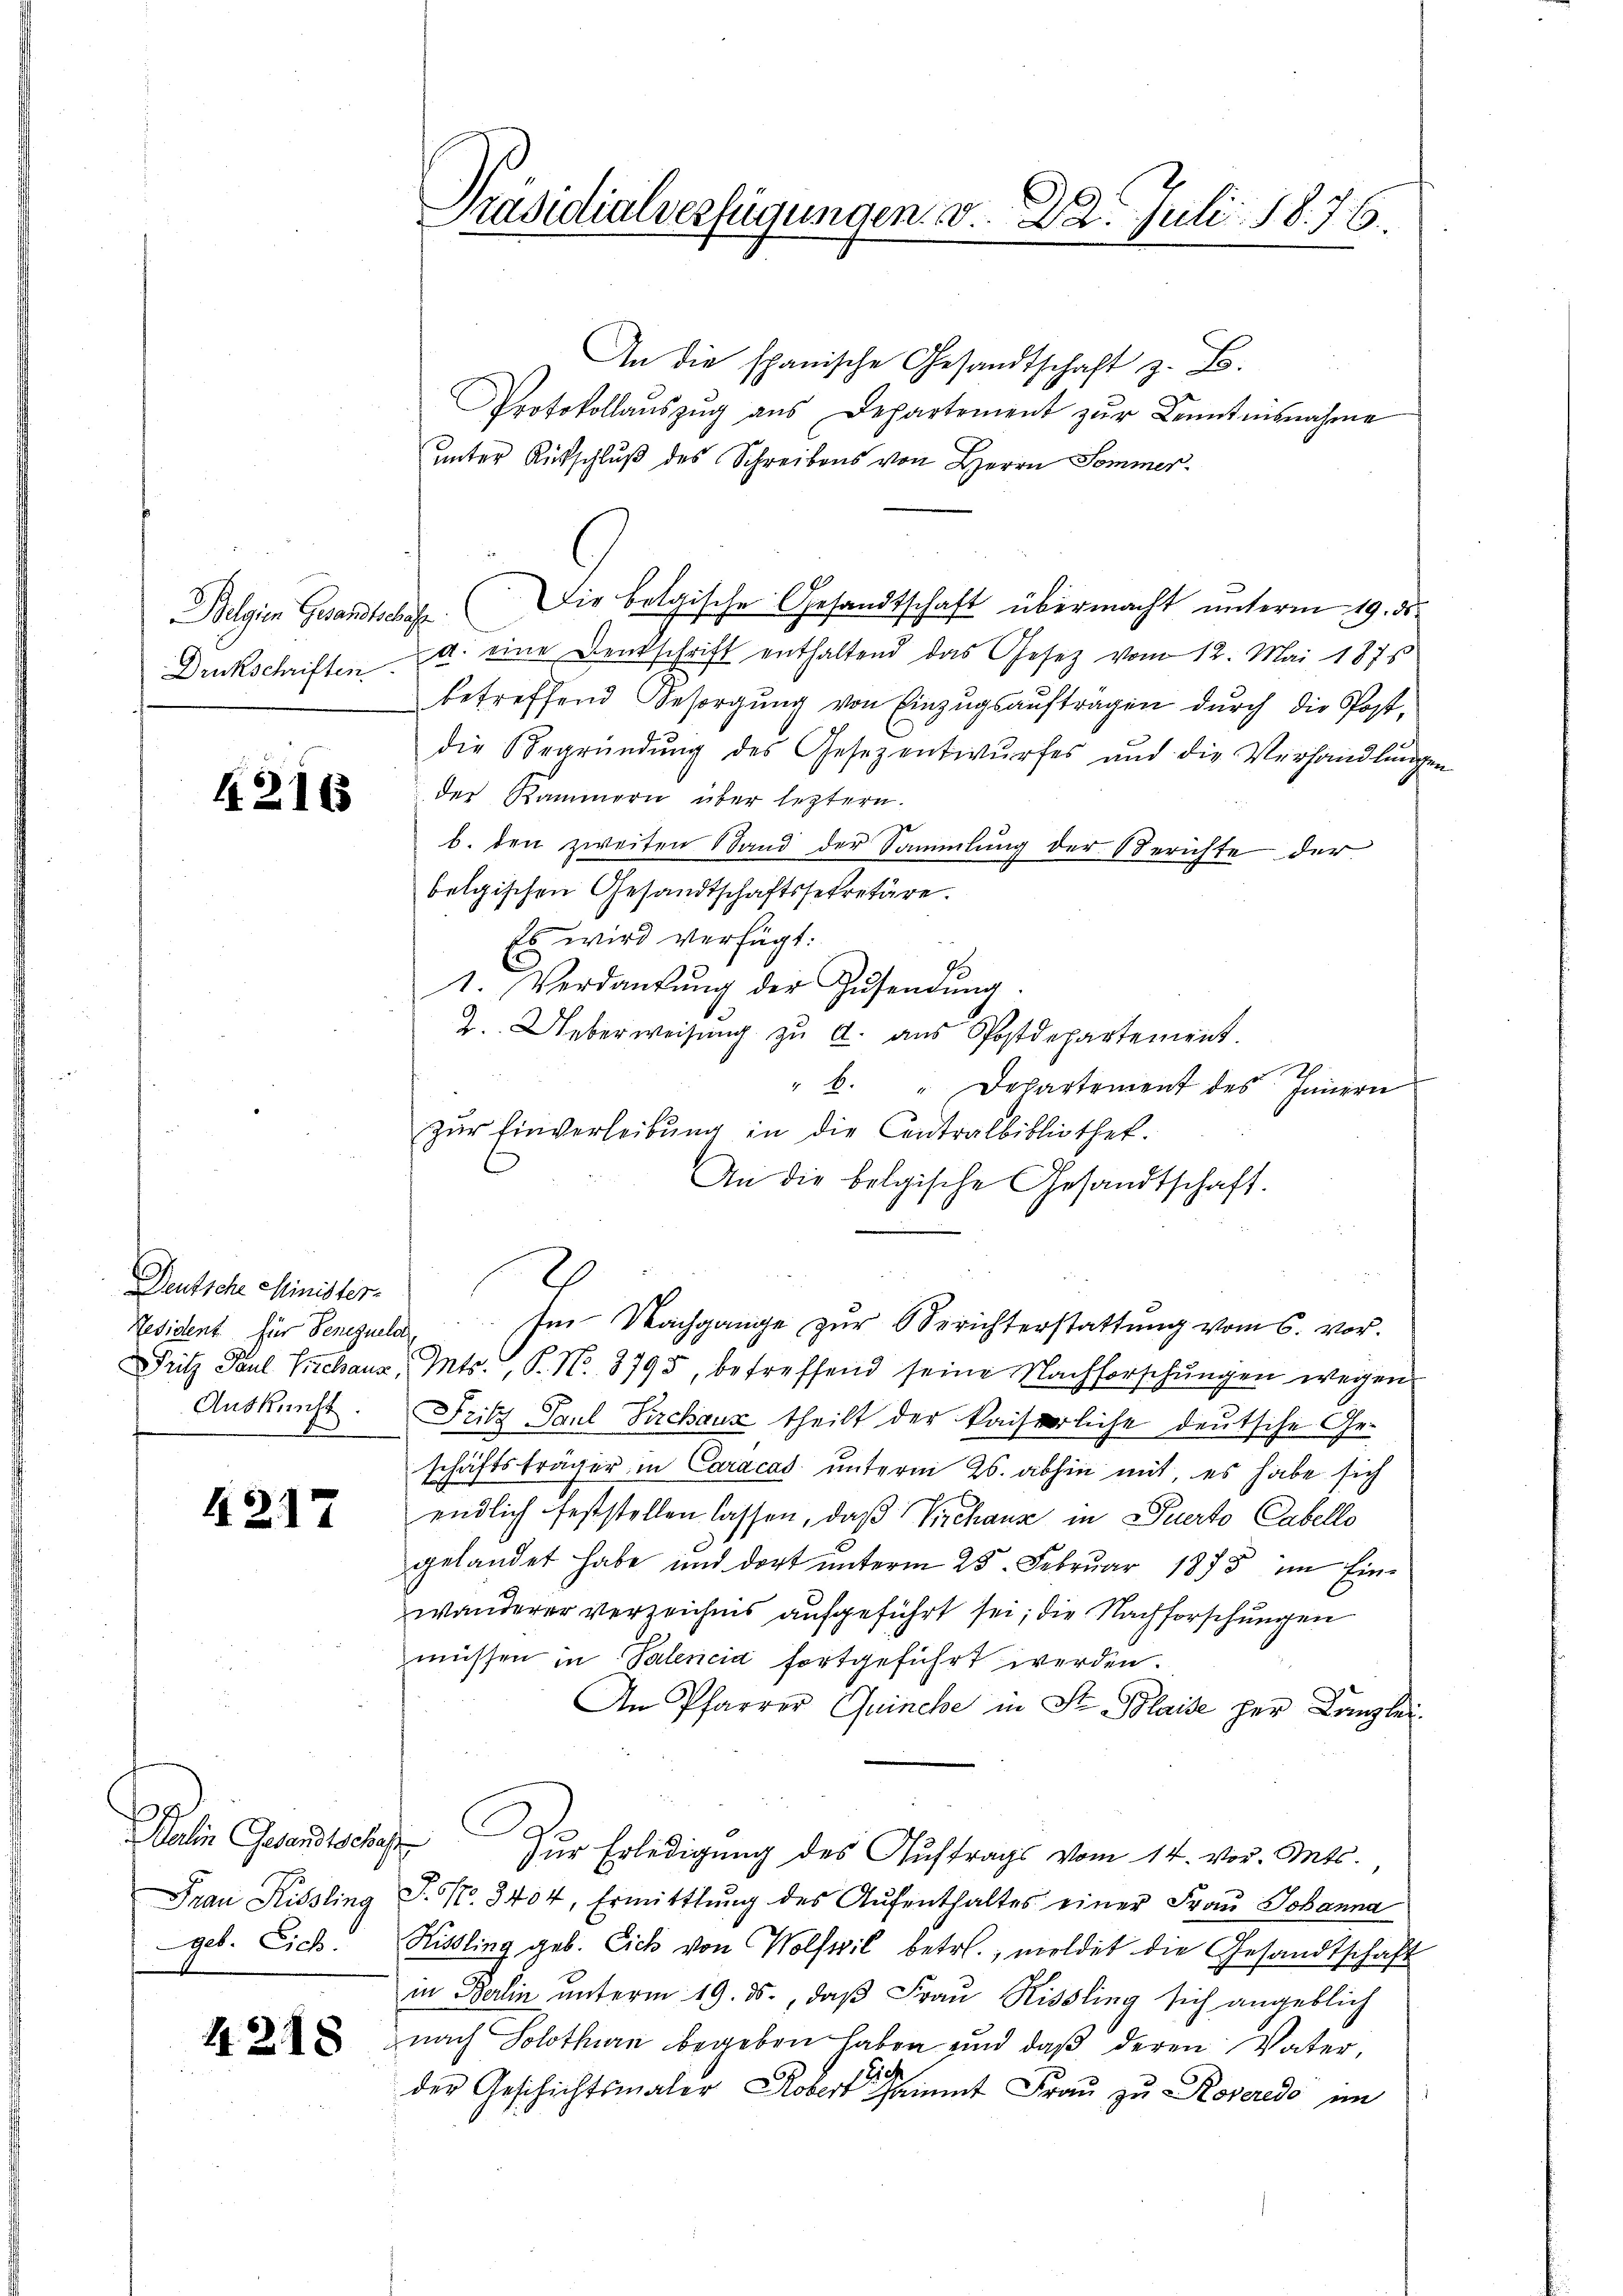
Belgien Gesandtschaft
Druckschriften

4216

Deutsche Minister-
Resident für Senezuela
Auskunft.

4217

Dalien Gesandtschaft
Frau Rissling
geb. Eich.

4.2.18

Präsidialverfügungen v. 22. Juli 1876.

An die spanische Gesandtschaft z. B.
Protokollaŭszŭg aŭs Departement zŭr Kenntnisnahme
unter Ritschluß des Schreibens von Herrn Sommer¬
Die belgische Gesandtschaft übermacht unterm 19. ds.
a. eine Denkschrift enthaltend das Gesetz vom 12. Mai 1875
betreffend Besorgung von Einzugsaufträgen durch die Postdie Begründung des Gesezentwurfes und die Verhandlungen
der Kammern über leztern.
ze
b. den zweiten Stand der Sammlung der Berichte der
belgischen Gesandtschaftssekretäre.
Es wird verfügt:
1. Verdankŭng der Zŭsendŭng.
2. Ueberweisŭng zŭ a. aŭs Postdepartement.
" b. " Departement des Innern
zur Einverleibung in die Centralbibliothek.
An die belgische Gesandtschaft.
Im Nachgange zur Berichterstattung vom 6. vor.
Pritz Paul Schaus. Mts., P. No. 3795, betreffend seine Nachforschungen wegen
Fritz Paul Pirchaus theilt der kaiserliche deutsche Geschäftsträger in Caracas unterm 26. abhin mit, es habe sich
endlich feststellen lassen, daß Kirchaus in Suerto Cabello
gelandet habe und dort unterm 25. Februar 1875 im Einwanderer verzeichnis aufgeführt sei; die Nachforschungen
müssen in Palencia fortgeführt werden.
An Pfarrer Quinche in St. Blaise her Kanzlei¬
G
i
Zur Erledigung des Auftrags vom 14. vor. Mts.,
J. No. 3404, Ermittlung des Aufenthaltes einer Frau Johanna
Kisling geb. Eich von Wolfeil betr. meldet die Gesandtschaft
in Berlin unterm 19. ds., daß Frau Rissling sich angeblich
nach Solothurn begeben haben und daß deren Vater,
Sieh
der Geschichtsmaler Kobert sammt Frau zu Roveredo im